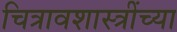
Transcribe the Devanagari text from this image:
चित्रावशास्त्रींच्या